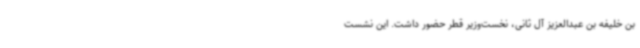
بن خلیفه بن عبدالعزیز آل ثانی، نخست‌وزیر قطر حضور داشت. این نشست